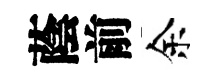
蔭前余